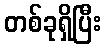
တစ်ခုရှိပြီး